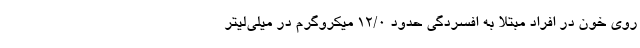
روی خون در افراد مبتلا به افسردگی حدود ۱۲/۰ میکروگرم در میلی‌لیتر